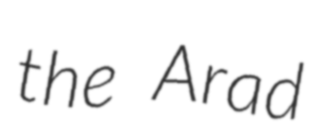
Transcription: the Arad